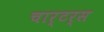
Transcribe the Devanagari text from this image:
चार्टर्स